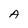
Character: A